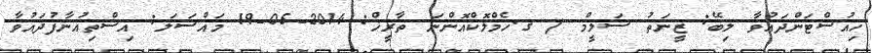
ހިއުސްޓަންދައުވާ ލިބޭ: ޒީނަތު ސަލީމް / ގ.ހެމްލޮކްއޮންނަ ތާރީޚް: 2014-05-19 މައްސަލަ: އިސްތިއުނާފުދައުވާ